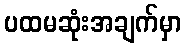
ပထမဆုံးအချက်မှာ